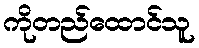
ကိုတည်ထောင်သူ